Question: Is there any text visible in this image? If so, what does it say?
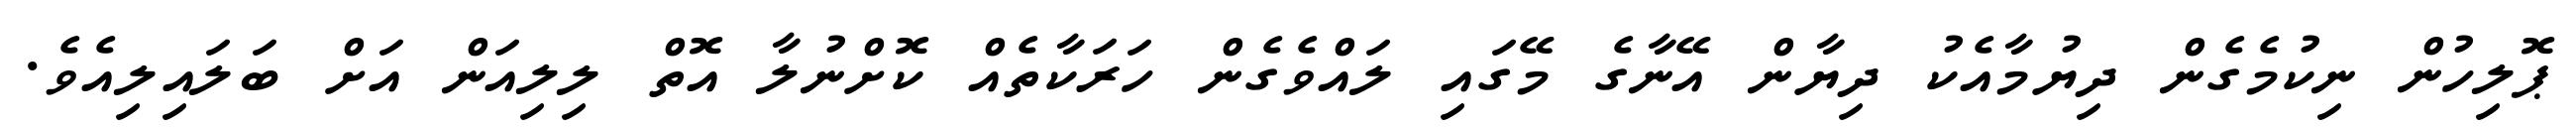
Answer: ޕޮލިހުން ނިކުމެގެން ދިޔުމާއެކު ދިޔާން އޭނާގެ މޭގައި ލައްވެގެން ހަރަކާތެއް ކޮށްނުލާ އޮތް ލިލިއަން އަށް ބަލައިލިއެވެ.